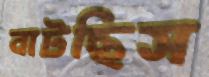
বাটছিস